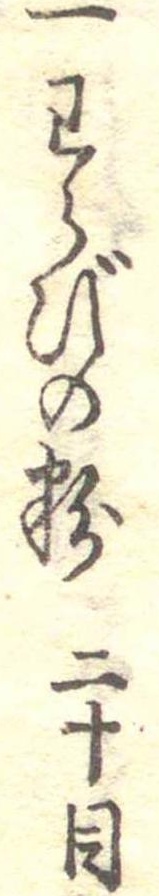
一わらびの粉二十目